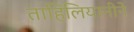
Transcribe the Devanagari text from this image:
ताहिलियानीने